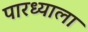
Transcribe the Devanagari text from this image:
पारध्याला